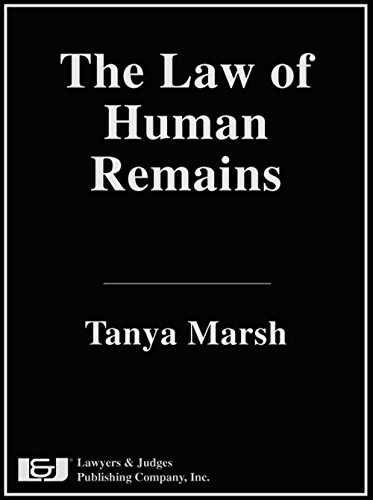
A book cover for The Law of Human Remains; Tanya Marsh; Law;